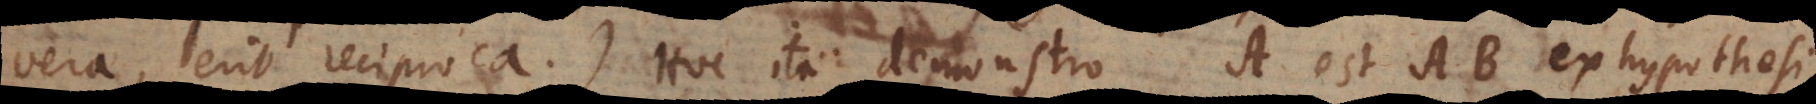
vera, erit reciproca). Hoc ita demonstro: A est AB ex hypothesi